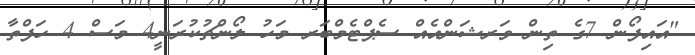
"އައިފޯން 7ގެ ތިން ވަރޝަންއެއް ސެޕްޓެމްބަރ މަހު ލޯންޗުކުރަނީ4 މަސް 4 ހަފްތާ